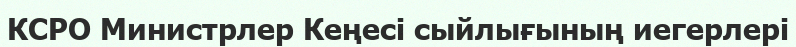
КСРО Министрлер Кеңесі сыйлығының иегерлері